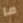
ما